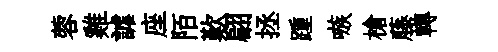
蓉雞謔座陌歎翩拯踵嗾槍藤轉